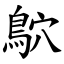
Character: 鴥